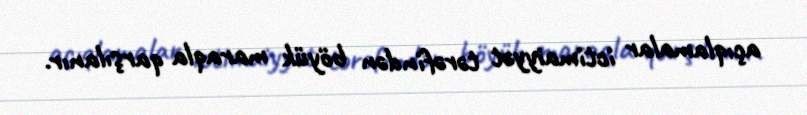
açıqlamalar ictimaiyyət tərəfindən böyük maraqla qarşılanır.